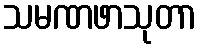
သမဏဖာသုတာ